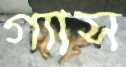
গ্যাস